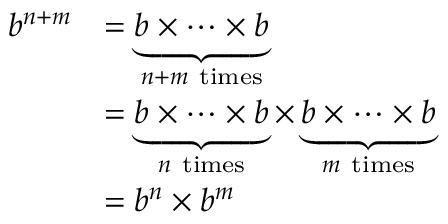
{ \begin{array} { r l } { b ^ { n + m } } & { = \underbrace { b \times \dots \times b } _ { n + m { \mathrm { ~ t i m e s } } } } \\ & { = \underbrace { b \times \dots \times b } _ { n { \mathrm { ~ t i m e s } } } \times \underbrace { b \times \dots \times b } _ { m { \mathrm { ~ t i m e s } } } } \\ & { = b ^ { n } \times b ^ { m } } \end{array} }